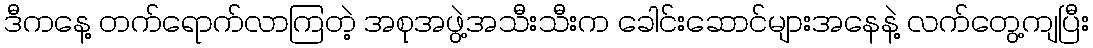
ဒီကနေ့ တက်ရောက်လာကြတဲ့ အစုအဖွဲ့အသီးသီးက ခေါင်းဆောင်များအနေနဲ့ လက်တွေ့ကျပြီး